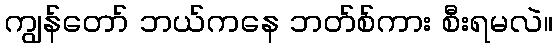
ကျွန်တော် ဘယ်ကနေ ဘတ်စ်ကား စီးရမလဲ။